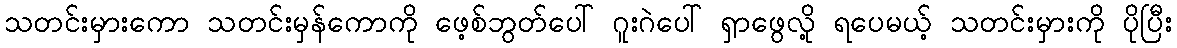
သတင်းမှားကော သတင်းမှန်ကောကို ဖေ့စ်ဘွတ်ပေါ် ဂူးဂဲပေါ် ရှာဖွေလို့ ရပေမယ့် သတင်းမှားကို ပိုပြီး